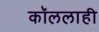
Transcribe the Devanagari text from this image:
कॉललाही